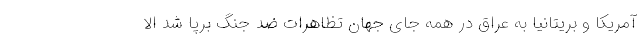
آمریکا و بریتانیا به عراق در همه جای جهان تظاهرات ضد جنگ برپا شد الا